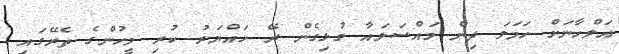
އަލްހާނަށް ހަމަލަ ދިން މައްސަލައާ ގުޅިގެން ރޭ ހައްޔަރު ކުރި މީހުންގެ ތެރޭގައި